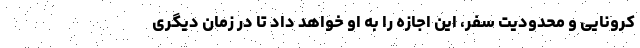
کرونایی و محدودیت سفر، این اجازه را به او خواهد داد تا در زمان دیگری